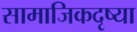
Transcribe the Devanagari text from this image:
सामाजिकदृष्या